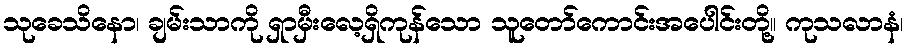
သုခေသိနော၊ ချမ်းသာကို ရှာမှီးလေ့ရှိကုန်သော သူတော်ကောင်းအပေါင်းတို့။ ကုသလာနံ၊